Vital statistics of India. Vol. VI, European troops 1870-79
Year: 1870
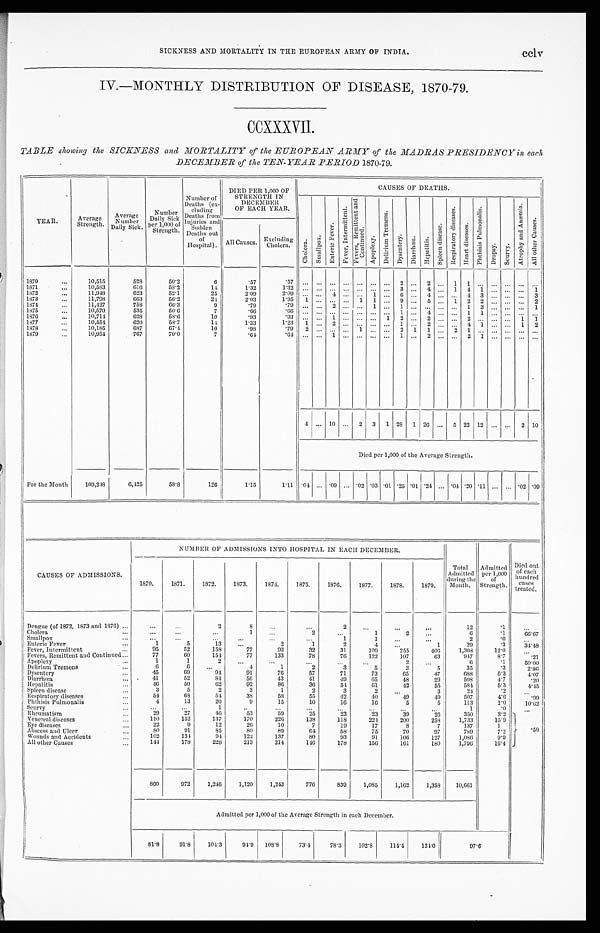
ccl SICKNESS AND MORTALITY IN THE EUROPEAN ARMY OF INDIA.
IV.—MONTHLY DISTRIBUTION OF DISEASE, 1870-79.
CCXXXVII.
TABLE showing the SICKNESS and MORTALITY of the EUROPEAN ARMY of the MADRAS PRESIDENCY in each
DECEMBER of the TEN-YEAR PERIOD 1870-79.
YEAR .
Average
Strength.
Average
N u m b e r
Daily Sick.
Number
Sick
Daily
per 1,0
0 0 o f
S t r e n g t h .
Number of
Deaths Sick (ex-
cluding
Deaths from
Injuries and
S u d d e n
Deaths out
of
Hospital).
DIED PER 1,000 OF
STRENGTH IN
DECEMBER
OF EACH YEAR.
CAUSES OF DEATHS.
C h o l e r a .
S m a l l p o x .
E n t e r i c F e v e r .
Fever , I nt er mi t t ent .
F e v e r s , R e m i t t e n t a n d C o n t i n u e d .
A p o p l e x y .
D e l i r i u m T r e m e n s .
D y s c n t e r y .
D i a r r h œ a .
Hepatitis.
S p l e e n d i s e a s e .
R e s p i r a t o r y d i s e a s e s .
He a r t d i s e a s e s .
Pht hi si s Pul monal i s.
D r o p s y .
S c u r v y .
At r ophy and Anæmi a.
Al l ot her Causes.
All Causes.
Excluding
Cholera.
1870
...
10,515
528
50.2
6
.57
. 57
... ... ... ... ... ... ...
2
...
2
...
1
1
... ... ... ...
1
...
1871
...
10,583
616
58.2
14
1.32
1 . 3 2
... ... ... ...
...
...
...
3
...
4
...
1
4
1
...
...
...
1
1872
...
11,948
623
52.1
25
2.09
2 . 0 9
... ...
4
... ...
1
...
6
...
4
... ...
4
3
... ... ...
3
1873
...
11,798
663
56.2
24
2.03
1.95
1
...
...
...
1
1
...
9
...
5
...
1
2
2
... ...
...
2
1874
...
11,427
758
66.3
9
.79
. 79
... ...
2
... ...
1
...
1
... ... ... ...
1
3
... ... ...
1
1975
...
10,570
535
50.6
7
.66
.66
...
...
...
...
...
...
...
1
...
4
...
... 1
1
... ... ... ...
1876
...
10,714
628
58.6
10
.93
.93
... ...
1
... ... ...
1
2
...
2
... ...
2
... ... ...
1
1
1877
...
10,554
620
58.7
14
1.33
1 . 2 3
1
...
2
... ... ... ...
1
...
2
... ...
4
1
... ...
1
2
1878
...
10,185
687
67.4
10
.98
. 79
2
... ... ...
1
... ...
2
1
1
...
2
1
... ... ... ... ...
1879
...
10,954
707
70.0
7
.64
.64
...
...
1
... ... ... ...
1
...
2
... ...
2
1
... ... ... ...
1
4
...
10
...
2
3
1
28
1
26
...
5
22
12
... ...
2
10
Died per 1,000 of the Average Strength.
For the Month
109,248
6,425
58.8
126
1.15
1.11
. 0 4
...
.09
...
.02
.03
.01
.25
.01
.24
...
.04
.20
.11
...
...
.02
.09
CAUSES OF ADMISSIONS.
NUMBER OF ADMISSIONS INTO HOSPITAL IN EACH DECEMBER.
Total
Admitted
during the
Mont h.
Admitted
per 1,000
of
Strength.
Died out
of each
hundred
cases
treated.
1870.
1871.
1872.
1873.
1874.
1875.
1876.
1877.
1878.
1879.
Dengue (of 1872, 1873 and 1876)
...
...
...
2
8
...
...
2
... ...
. . .
12
.1
. . .
Cholera
... ... ... ...
1
...
2
...
1
2
...
6
.1
66.67
Smallpox
... ... ... ... ... ... ...
1
1
...
. . .
2
.0
. . .
Enteric Fever
...
1
5
13
...
2
1
2
4
...
1
29
.3
34.48
Fever, Intermittent
...
95
52
158
77
93
32
31
109
255
406
1,308
12.0
. . .
Fevers, Remittent and Continued
...
77
60
154
77
133
78
76
122
107
63
947
8.7
.21
Apoplexy
...
1
1
2
...
...
...
...
...
2
. . .
6
.1
50.00
Delirium Tremens
...
6
6
...
4
1
2
3
5
3
5
35
.3
2.86
Dysentery
...
45
69
94
91
76
57
71
73
65
47
688
6.3
4.07
Diarrhœa
...
41
52
84
56
43
41
49
65
48
29
508
4.7
.20
Hepatitis
...
46
50
62
92
86
36
54
61
42
55
584
5.3
4.45
Spleen disease
...
3
5
2
3
1
2
3
2
...
3
24
.2
. . .
Respiratory diseases
...
54
68
54
38
58
55
42
40
49
49
507
4.6
.99
Phthisis Pulmonalis
...
4
13
20
9
15
10
16
16
5
5
113
1.0
10.62
Scurv y
...
...
...
1
...
...
...
... ...
...
...
1
.0
...
Rheumatism
...
29
27
46
53
59
25
23
23
39
26
350
3.2
.58
Venereal diseases
...
110
152
137
170
226
138
118
224
200
258
1,733
15.9
Eye diseases
...
22
9
12
26
10
7
19
17
8
7
137
1
Abscess and Ulcer
...
80
91
85
80
89
64
58
75
70
97
789
7.2
wounds and Accidents
...
102
134
94
122
137
80
93
91
106
127
1,086
9.9
All other Causes
...
144
178
226
213
214
146
178
156
161
180
1,796
16.4
860
972
1,246
1,120
1,243
776
839
1,085
1,162
1,358
10,661
Admitted per 1,000 of the Average Strength in each December.
81.8
91.8
104.3
94.9
108.8
73.4
78.3
102.8
114.4
124.0
97.6